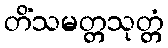
တိံသမတ္တသုတ္တံ